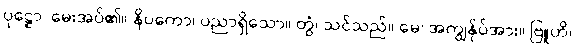
ပုဋ္ဌော၊ မေးအပ်၏။ နိပကော၊ ပညာရှိသော။ တွံ၊ သင်သည်။ မေ၊ အကျွန်ုပ်အား။ ဗြူဟိ၊